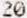
20